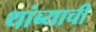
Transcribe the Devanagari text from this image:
थांब्याची